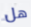
هل